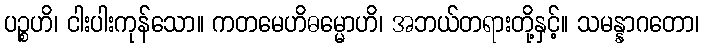
ပဉ္စဟိ၊ ငါးပါးကုန်သော။ ကတမေဟိဓမ္မောဟိ၊ အဘယ်တရားတို့နှင့်။ သမန္နာဂတော၊